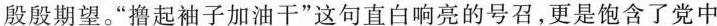
殷殷期望。“撸起袖子加油干”这句直白响亮的号召，更是饱含了党中